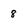
Character: 8